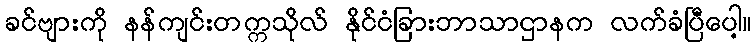
ခင်ဗျားကို နန်ကျင်းတက္ကသိုလ် နိုင်ငံခြားဘာသာဌာနက လက်ခံပြီပေါ့။